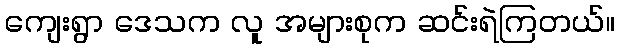
ကျေးရွာ ဒေသက လူ အများစုက ဆင်းရဲကြတယ်။